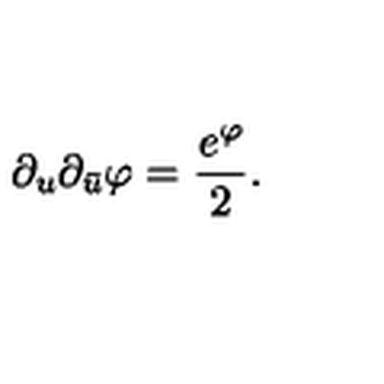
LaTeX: \partial _ { u } \partial _ { \bar { u } } \varphi = { \frac { e ^ { \varphi } } { 2 } } .